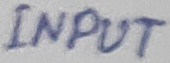
Text: INPUT